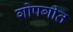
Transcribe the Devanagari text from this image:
गोपगीत